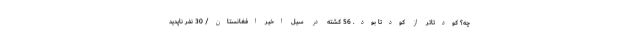
چه؟ کودتاتر از کودتا بود. 56 کشته در سیل اخیر افغانستان/ 30 نفر ناپدید